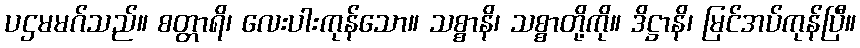
ပဌမမဂ်သည်။ စတ္တာရိ၊ လေးပါးကုန်သော။ သစ္စာနိ၊ သစ္စာတို့ကို။ ဒိဋ္ဌာနိ၊ မြင်အပ်ကုန်ပြီ။